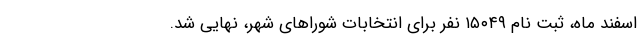
اسفند ماه، ثبت نام ۱۵۰۴۹ نفر برای انتخابات شوراهای شهر، نهایی شد.